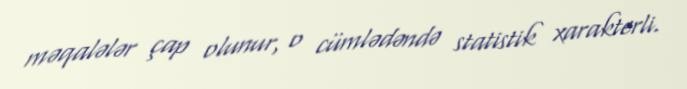
məqalələr çap olunur, o cümlədəndə statistik xarakterli.